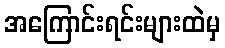
အကြောင်းရင်းများထဲမှ